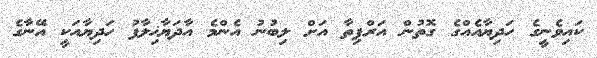
ކައިވެނީގެ ހަދިޔާއެއްގެ ގޮތުން އަރްޕިތާ އަށް ލިބުނު އެންމެ އާދަޔާޚިލާފު ހަދިޔާއަކީ އޭނާގެ